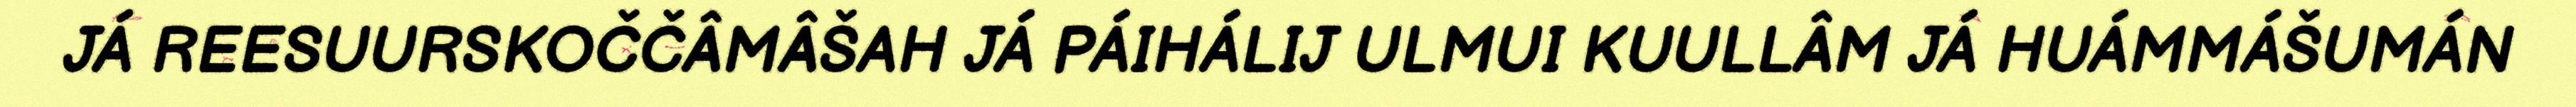
JÁ REESUURSKOČČÂMÂŠAH JÁ PÁIHÁLIJ ULMUI KUULLÂM JÁ HUÁMMÁŠUMÁN